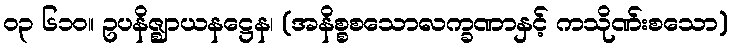
၀၃ ၆၁၀။ ဥပနိဇ္ဈာယနဋ္ဌေန၊ (အနိစ္စစသောလက္ခဏာနှင့် ကသိုဏ်းစသော)